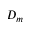
D _ { m }